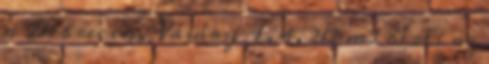
a Debrecen, Vásáry I. 4. 212 m2 bérli az